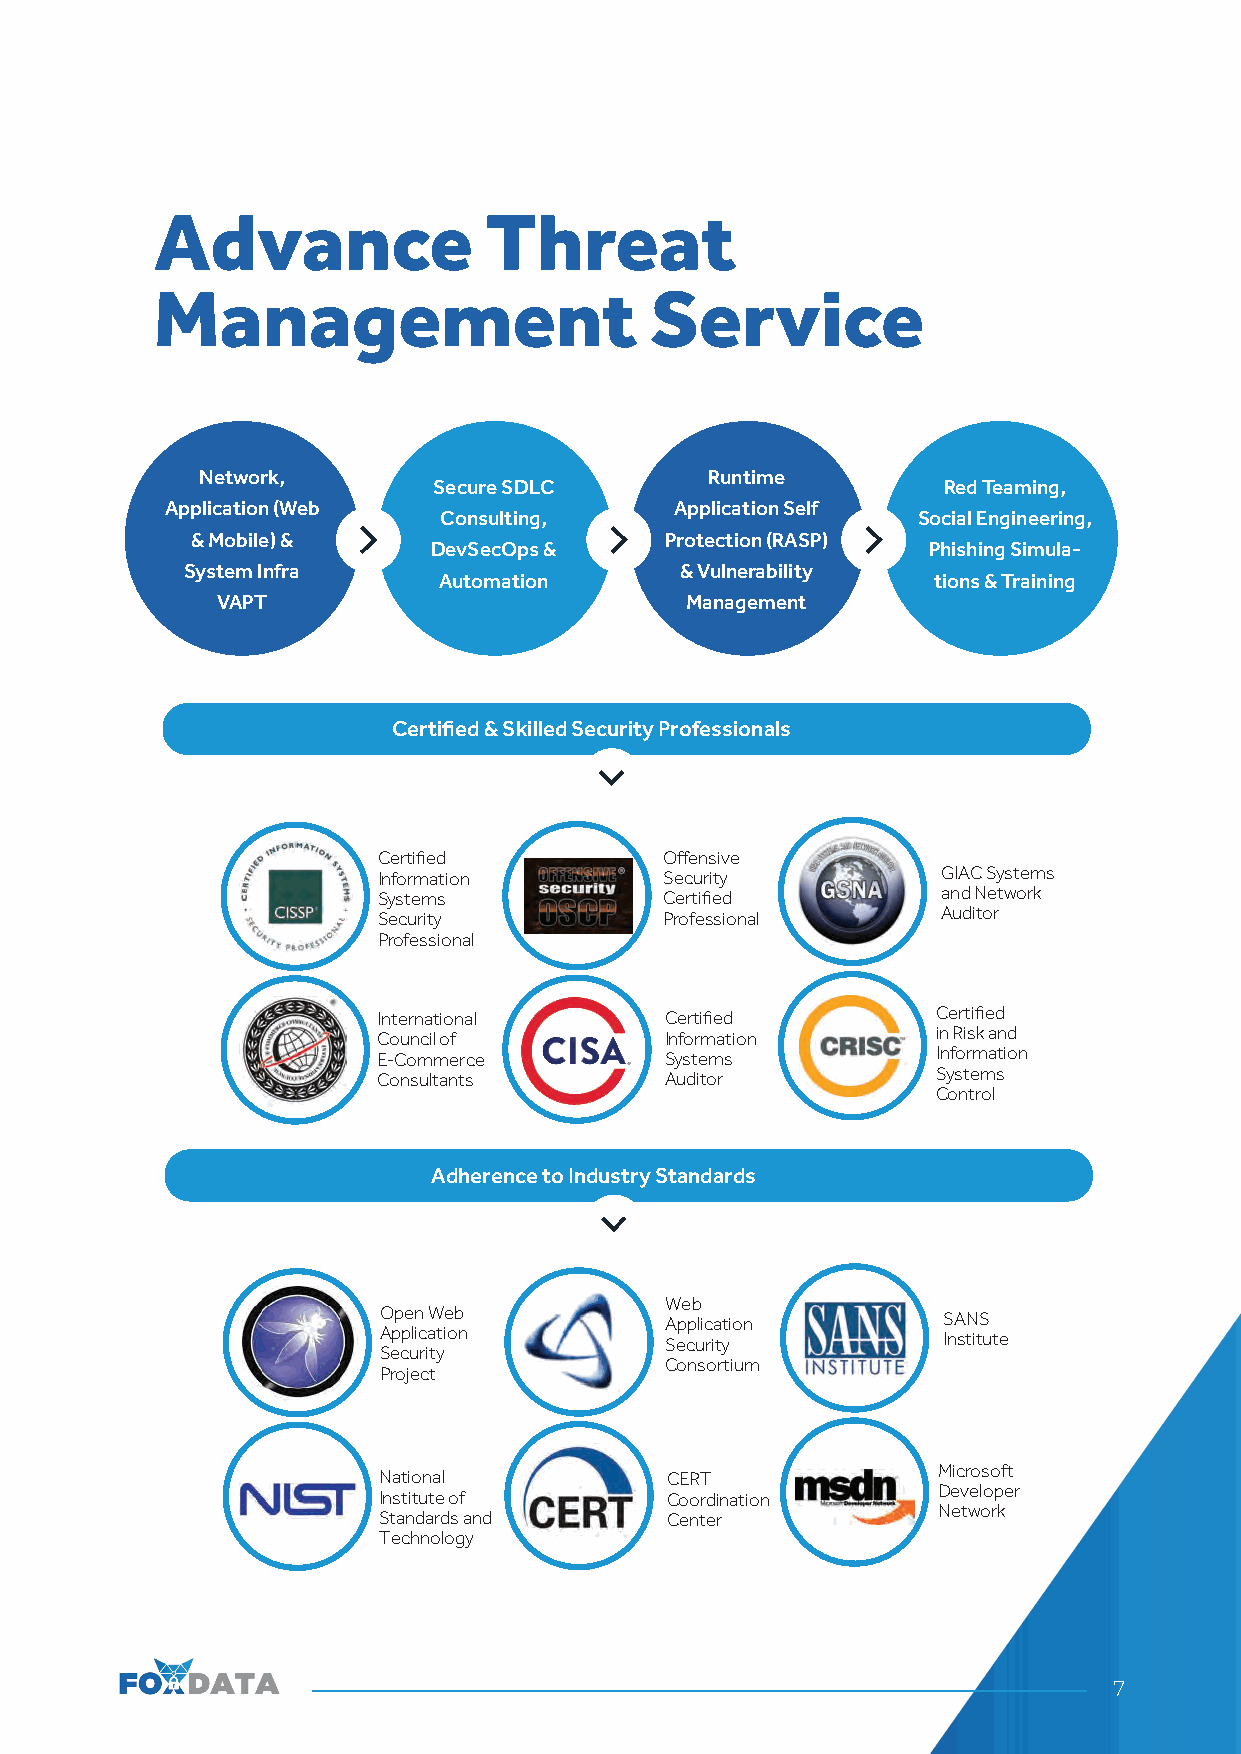
Advance               Threat
 Management                       Service
 Network,                          Runtime
 Secure SDLC                      Red Teaming,
 Application (Web                  Application Self
 Consulting,                     Social Engineering,
 & Mobile) &                    Protection (RASP)
 DevSecOps &                     Phishing Simula-
 System Infra                     & Vulnerability
 Automation                       tions & Training
 VAPT                           Management
 Certified & Skilled Security Professionals
 Certified          Offensive
 Information        Security          GIAC Systems
 Systems            Certified         and Network
 Security           Professional      Auditor
 Professional
 International      Certified         Certified
 Council of         Information       in Risk and
 E-Commerce         Systems           Information
 Consultants        Auditor           Systems
 Control
 Adherence to Industry Standards
 Web
 Open Web
 Application       SANS
 Application
 Security          Institute
 Security
 Consortium
 Project
 Microsoft
 National           CERT
 Developer
 Institute of       Coordination
 Network
 Standards and      Center
 Technology
 7